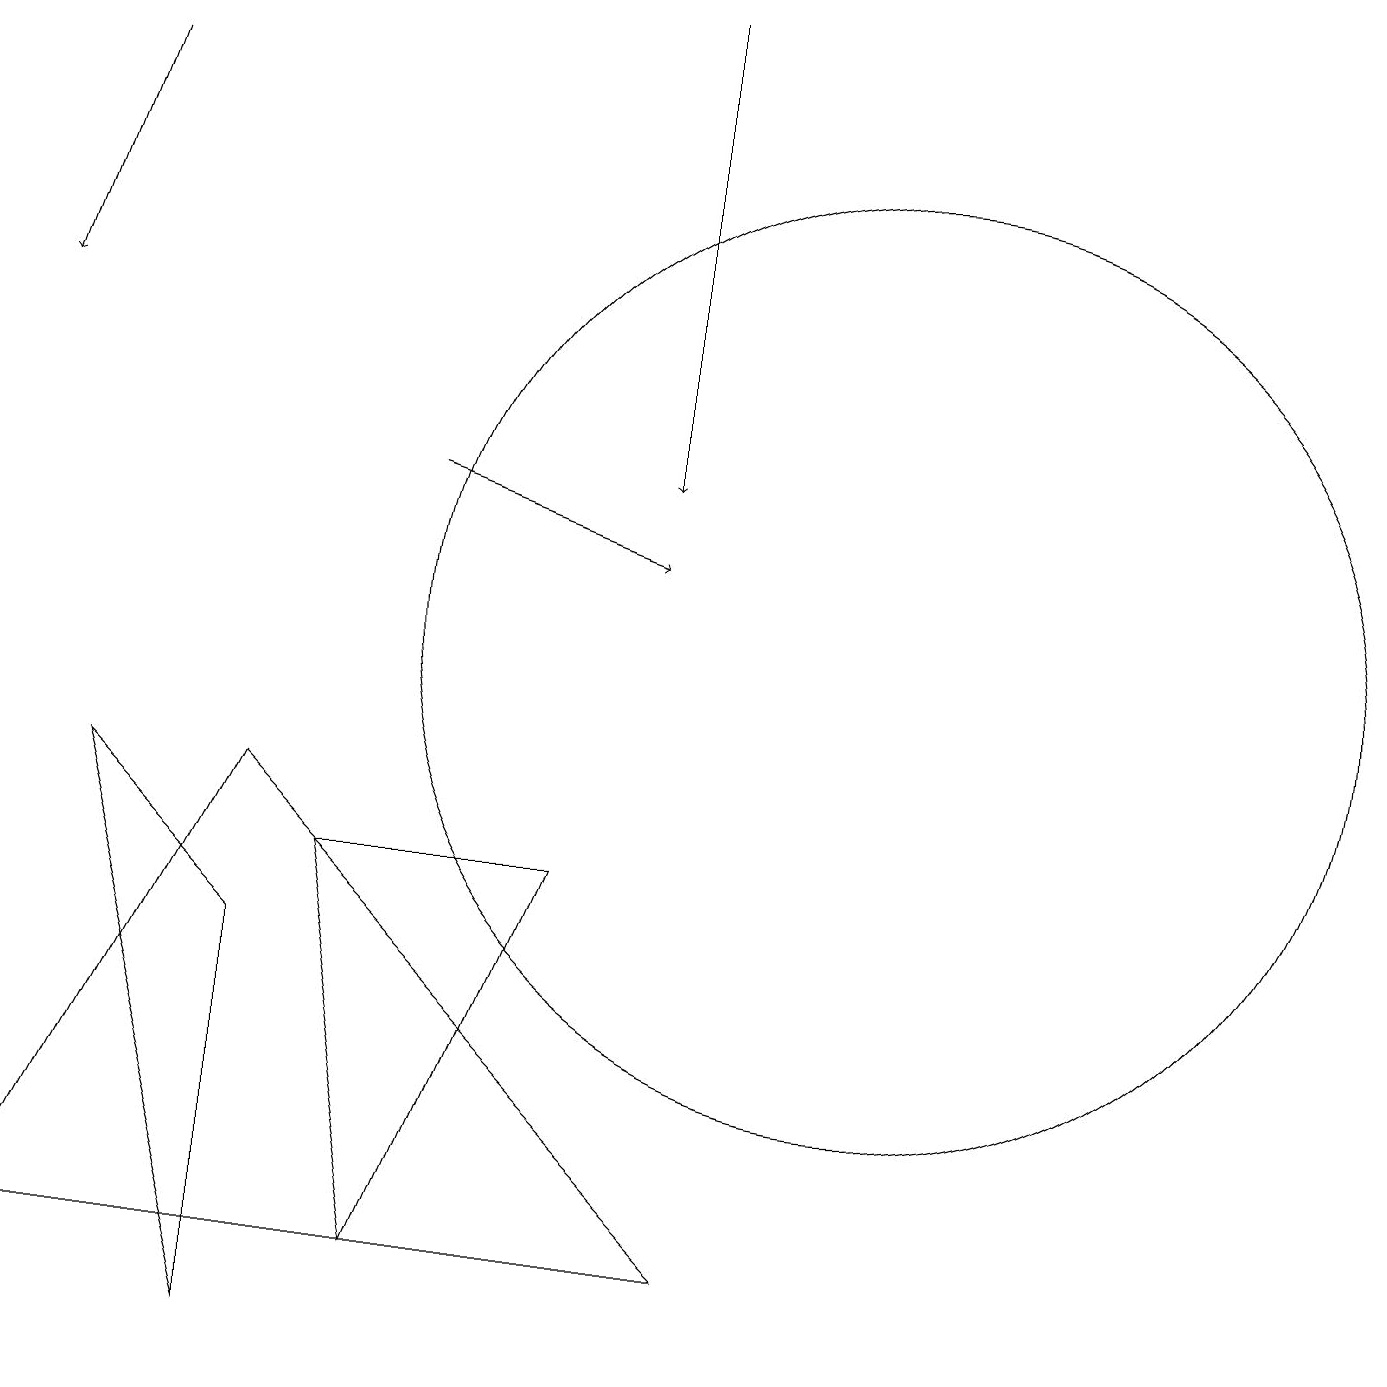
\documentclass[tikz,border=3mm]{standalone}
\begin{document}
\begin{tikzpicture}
\draw (4,7) -- (7,7) -- (5,2) -- cycle;
\draw[->] (8,18) -- (8,12);
\draw[->] (5,12) -- (8,11);
\draw (11,10) circle (6);
\draw[->] (1,17) -- (0,14);
\draw (0,2) -- (3,8) -- (9,2) -- cycle;
\draw[->] (1,18) -- (5,18);
\draw (3,6) -- (3,1) -- (1,8) -- cycle;
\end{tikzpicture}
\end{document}